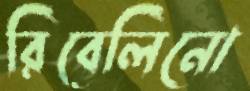
রিবেলিনো